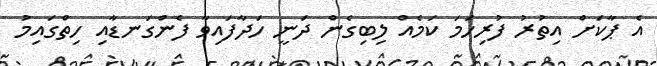
އެ ޕާކަށް އިތުރު ފުރިހަމަ ކަމެއް ލިބިގެން ދަނީ ހަދާފައިވާ ފެންގަނޑާއި ހިތްގައިމު